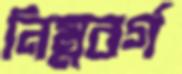
নিম্নবর্গ